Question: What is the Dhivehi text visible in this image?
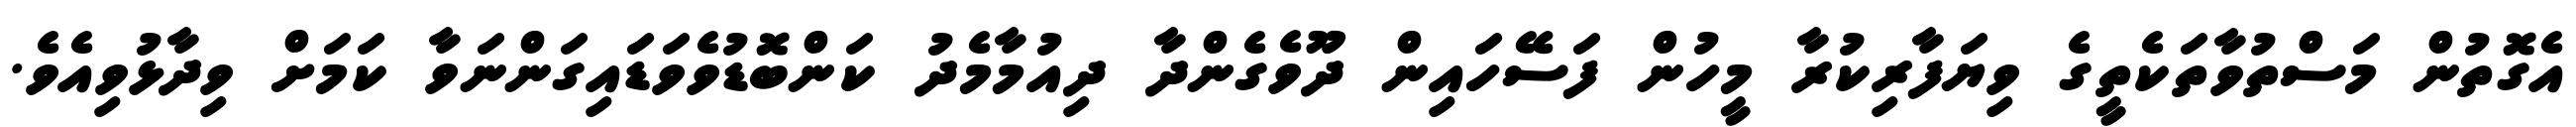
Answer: އެގޮތުން މަސްތުވާތަކެތީގެ ވިޔަފާރިކުރާ މީހުން ފަސޭހައިން ދޫވެގެންދާ ދިއުމާމެދު ކަންބޮޑުވެވަޑައިގަންނަވާ ކަމަށް ވިދާޅުވިއެވެ.